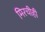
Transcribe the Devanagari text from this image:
मिरचीही